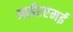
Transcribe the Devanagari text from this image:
आईएएमई